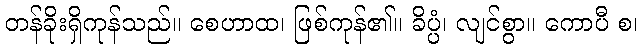
တန်ခိုးရှိကုန်သည်။ စေဟာထ၊ ဖြစ်ကုန်၏။ ခိပ္ပံ၊ လျင်စွာ။ ကောပီ စ၊